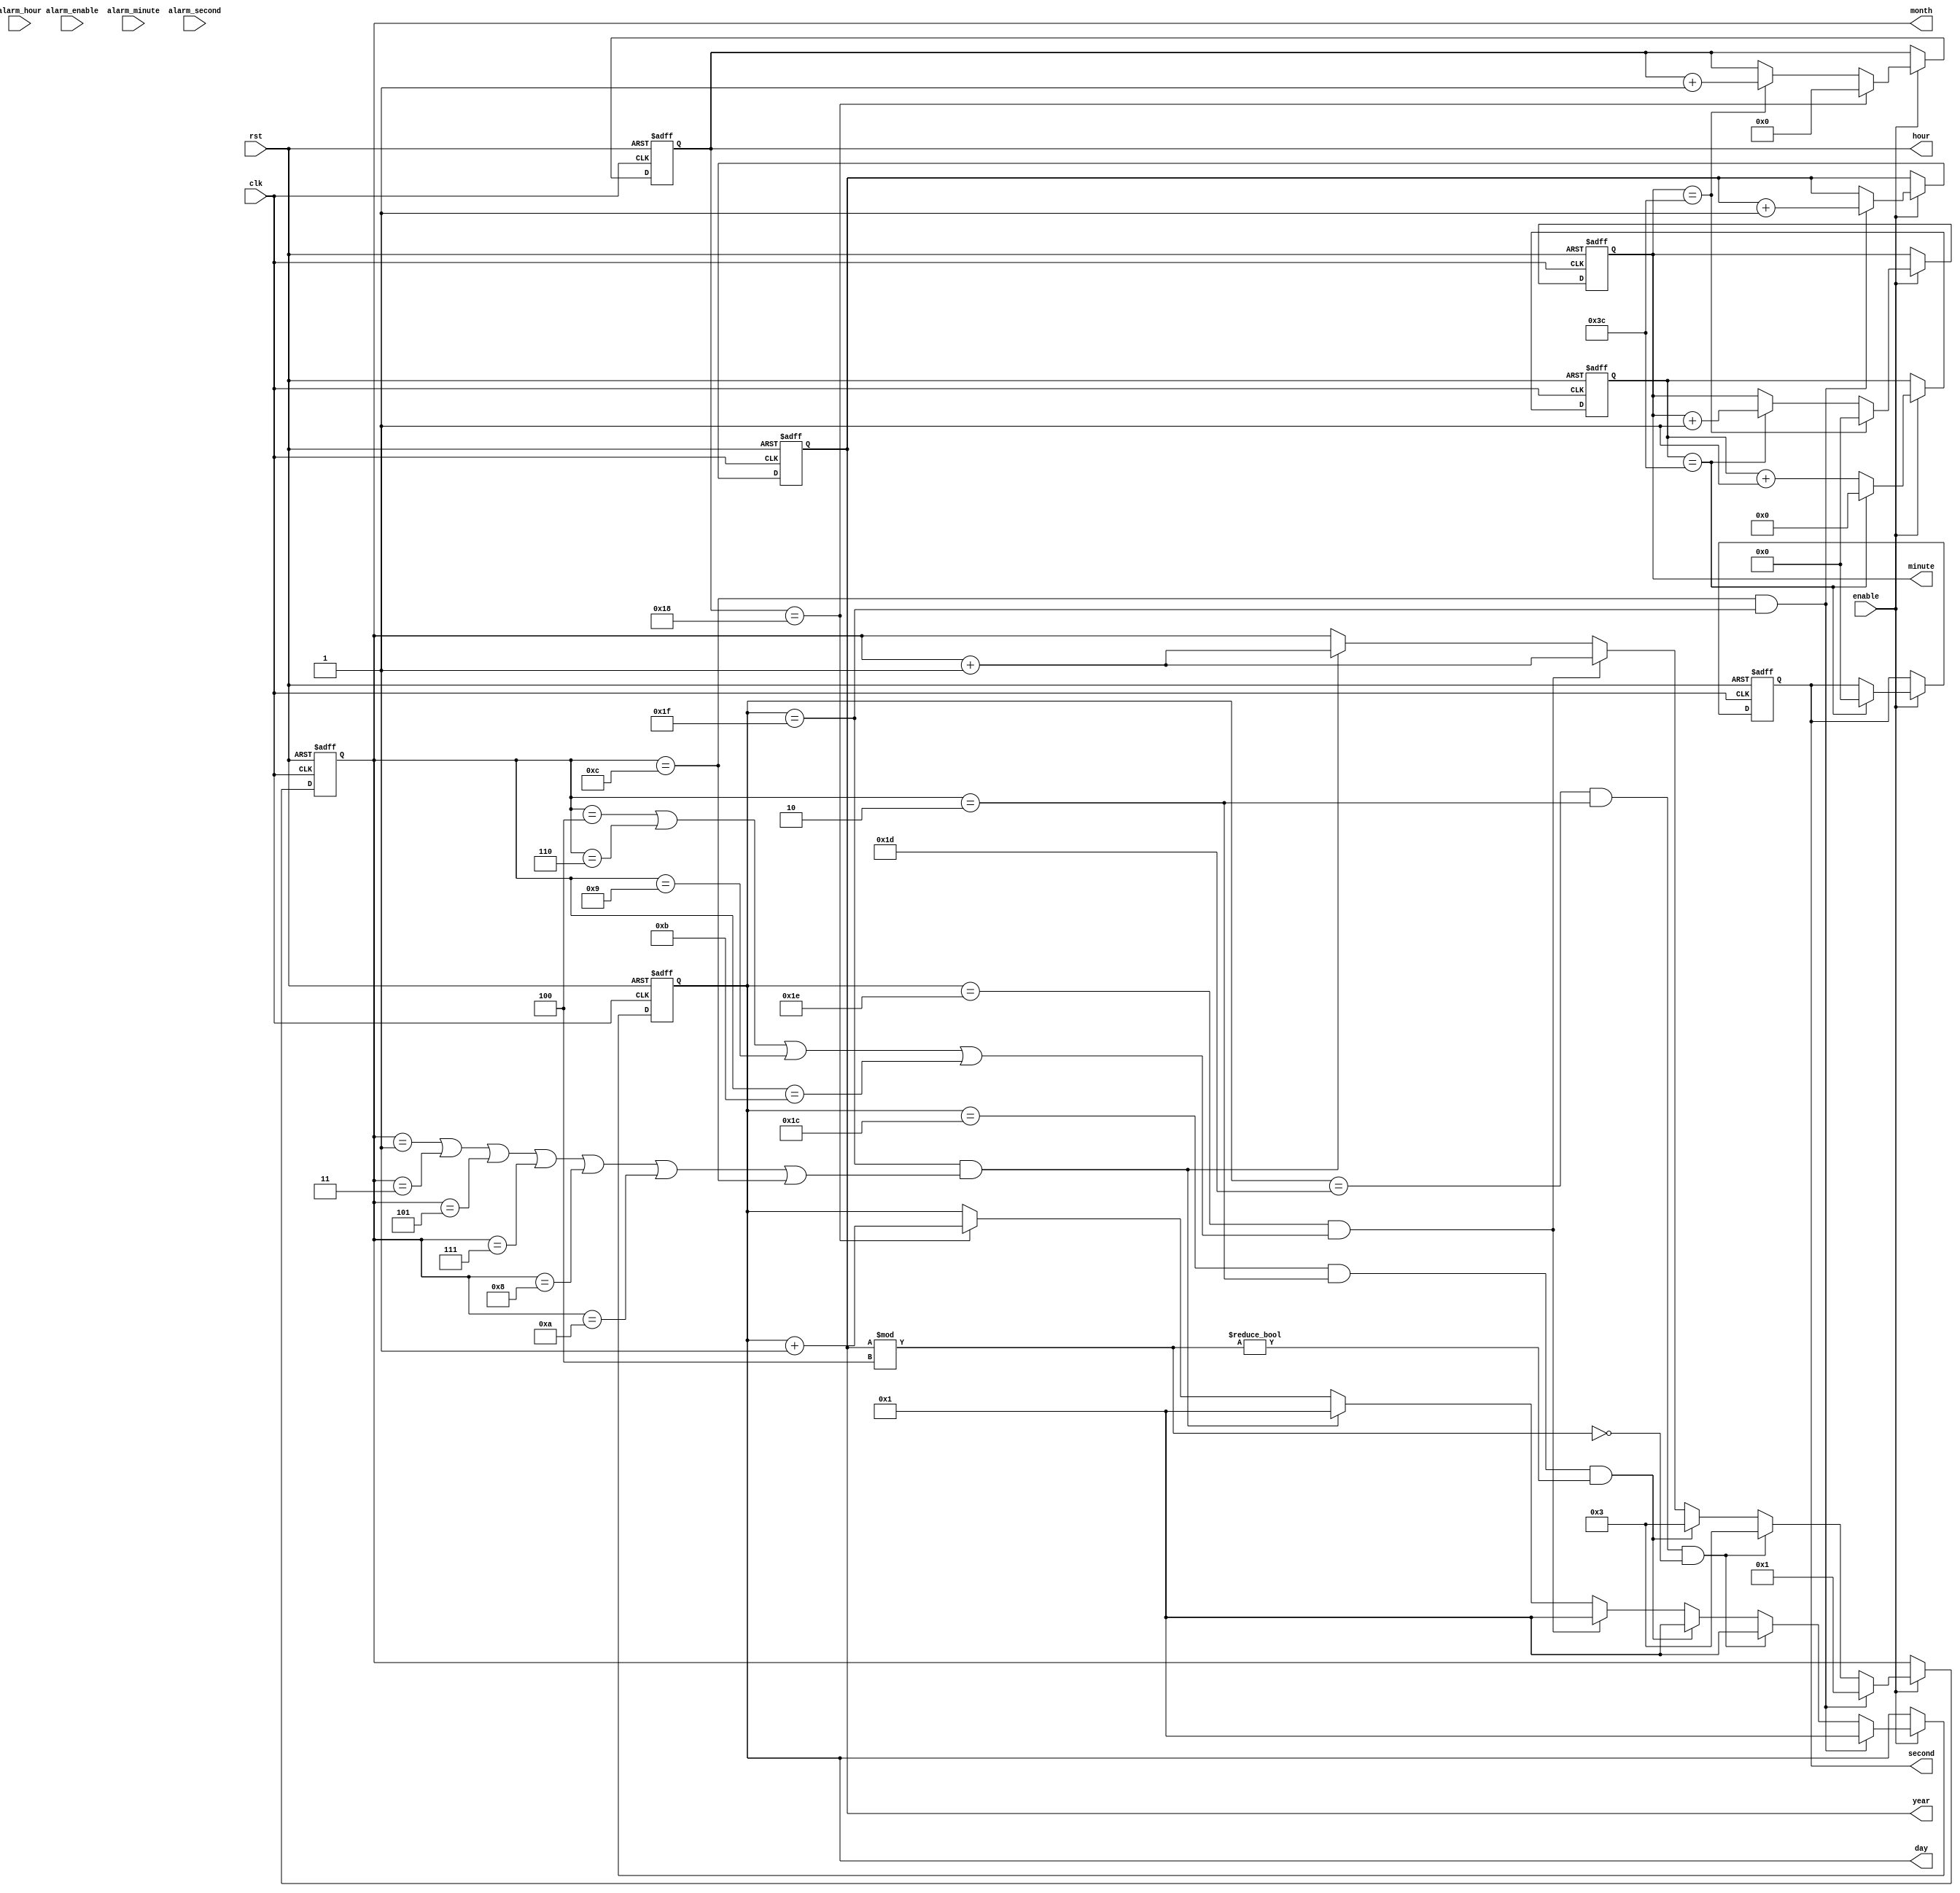
module real_time_clock (
    input clk,
    input rst,
    input enable,
    input alarm_enable,
    input [3:0] alarm_hour,
    input [5:0] alarm_minute,
    input [5:0] alarm_second,
    output reg [5:0] second,
    output reg [5:0] minute,
    output reg [4:0] hour,
    output reg [4:0] day,
    output reg [3:0] month,
    output reg [7:0] year
);

reg [27:0] total_seconds;

always @(posedge clk or posedge rst) begin
    if (rst) begin
        second <= 0;
        minute <= 0;
        hour <= 0;
        day <= 1;
        month <= 1;
        year <= 0;
        total_seconds <= 0;
    end else if (enable) begin
        total_seconds <= total_seconds + 1;
        
        if (total_seconds == 60) begin
            second <= 0;
            total_seconds <= 0;
            minute <= minute + 1;
        end
        
        if (minute == 60) begin
            minute <= 0;
            hour <= hour + 1;
        end
        
        if (hour == 24) begin
            hour <= 0;
            day <= day + 1;
        end
        
        if (day == 31 && (month == 1 || month == 3 || month == 5 || month == 7 || month == 8 || month == 10 || month == 12)) begin
            day <= 1;
            month <= month + 1;
        end
        
        if (day == 30 && (month == 4 || month == 6 || month == 9 || month == 11)) begin
            day <= 1;
            month <= month + 1;
        end
        
        if (day == 28 && month == 2 && year % 4 != 0) begin
            day <= 1;
            month <= 3;
        end
        
        if (day == 29 && month == 2 && year % 4 == 0) begin
            day <= 1;
            month <= 3; 
        end
        
        if (month == 12 && day == 31) begin
            year <= year + 1;
            month <= 1;
            day <= 1;
        end
       
    end
    
    if (alarm_enable && 
        hour == alarm_hour && 
        minute == alarm_minute && 
        second == alarm_second) begin
            // Do something when alarm is triggered
    end

end

endmodule